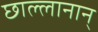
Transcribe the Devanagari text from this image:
छाल्लानान्